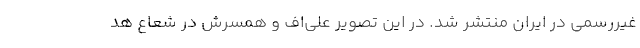
غیررسمی در ایران منتشر شد. در این تصویر علی‌اف و همسرش در شعاع هد